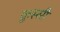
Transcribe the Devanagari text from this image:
कुस्सी